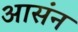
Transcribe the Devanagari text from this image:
आसंन